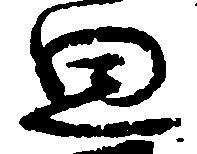
思